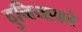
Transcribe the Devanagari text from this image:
दुनियाको